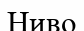
Ниво